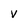
Character: v